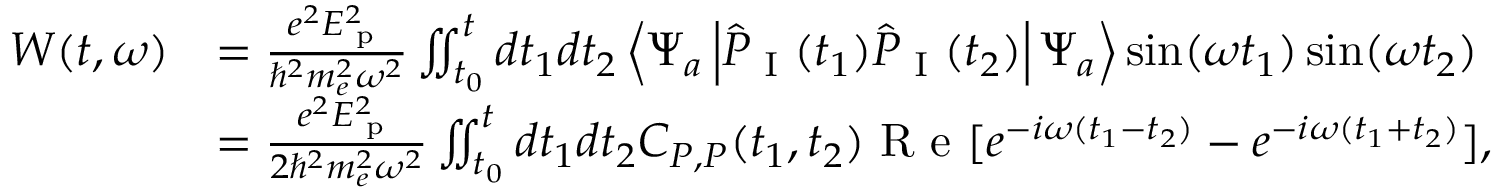
\begin{array} { r l } { W ( t , \omega ) } & { = \frac { e ^ { 2 } E _ { \textrm { p } } ^ { 2 } } { \hbar ^ { 2 } m _ { e } ^ { 2 } \omega ^ { 2 } } \iint _ { t _ { 0 } } ^ { t } d t _ { 1 } d t _ { 2 } \left\langle \Psi _ { a } \left| \hat { P } _ { \textrm { I } } ( t _ { 1 } ) \hat { P } _ { \textrm { I } } ( t _ { 2 } ) \right| \Psi _ { a } \right\rangle \sin ( \omega t _ { 1 } ) \sin ( \omega t _ { 2 } ) } \\ & { = \frac { e ^ { 2 } E _ { \textrm { p } } ^ { 2 } } { 2 \hbar ^ { 2 } m _ { e } ^ { 2 } \omega ^ { 2 } } \iint _ { t _ { 0 } } ^ { t } d t _ { 1 } d t _ { 2 } C _ { P , P } ( t _ { 1 } , t _ { 2 } ) \textrm { R e } [ e ^ { - i \omega ( t _ { 1 } - t _ { 2 } ) } - e ^ { - i \omega ( t _ { 1 } + t _ { 2 } ) } ] , } \end{array}